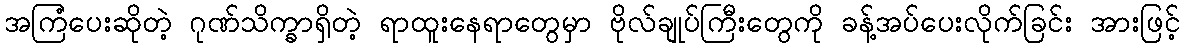
အကြံပေးဆိုတဲ့ ဂုဏ်သိက္ခာရှိတဲ့ ရာထူးနေရာတွေမှာ ဗိုလ်ချုပ်ကြီးတွေကို ခန့်အပ်ပေးလိုက်ခြင်း အားဖြင့်